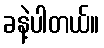
ခနဲ့ပါတယ်။